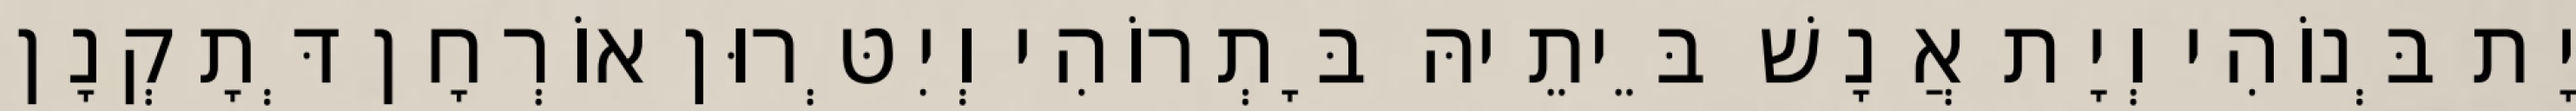
יָת בְּנוֹהִי וְיָת אֲנָשׁ בֵּיתֵיהּ בָּתְרוֹהִי וְיִטְּרוּן אוֹרְחָן דְּתָקְנָן